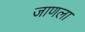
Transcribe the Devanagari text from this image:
जाणला